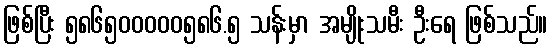
ဖြစ်ပြီး ၅၈၆၅၀၀၀၀၀၅၈၆.၅ သန်းမှာ အမျိုးသမီး ဦးရေ ဖြစ်သည်။